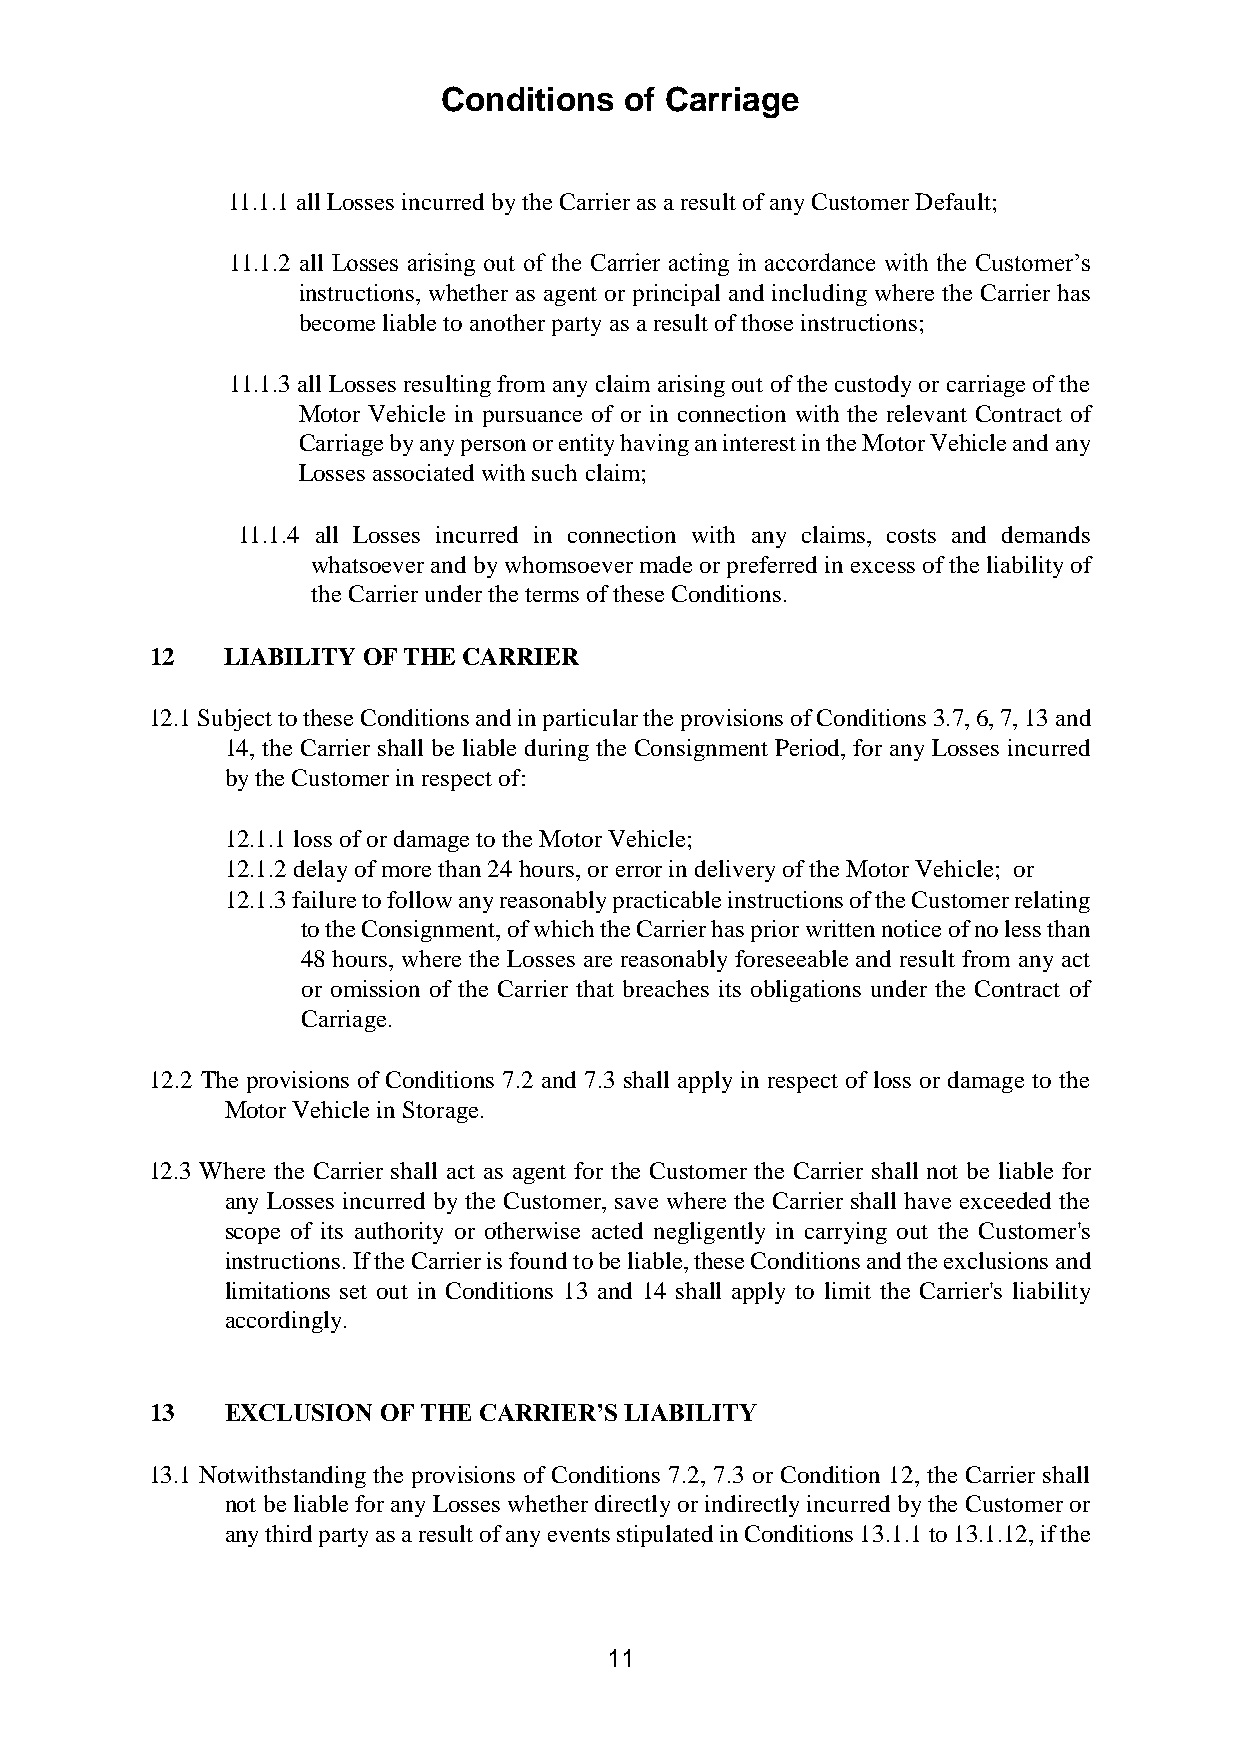
Conditions  of Carriage
 11.1.1 all Losses incurred by the Carrier as a result of any Customer Default;
 11.1.2 all Losses arising out of the Carrier acting in accordance with the Customer’s
 instructions, whether as agent or principal and including where the Carrier has
 become liable to another party as a result of those instructions;
 11.1.3 all Losses resulting from any claim arising out of the custody or carriage of the
 Motor Vehicle in pursuance of or in connection with the relevant Contract of
 Carriage by any person or entity having an interest in the Motor Vehicle and any
 Losses associated with such claim;
 11.1.4 all Losses incurred in connection with any claims, costs and demands
 whatsoever and by whomsoever made or preferred in excess of the liability of
 the Carrier under the terms of these Conditions.
 12   LIABILITY OF THE CARRIER
 12.1 Subject to these Conditions and in particular the provisions of Conditions 3.7, 6, 7, 13 and
 14, the Carrier shall be liable during the Consignment Period, for any Losses incurred
 by the Customer in respect of:
 12.1.1 loss of or damage to the Motor Vehicle;
 12.1.2 delay of more than 24 hours, or error in delivery of the Motor Vehicle; or
 12.1.3 failure to follow any reasonably practicable instructions of the Customer relating
 to the Consignment, of which the Carrier has prior written notice of no less than
 48 hours, where the Losses are reasonably foreseeable and result from any act
 or omission of the Carrier that breaches its obligations under the Contract of
 Carriage.
 12.2 The provisions of Conditions 7.2 and 7.3 shall apply in respect of loss or damage to the
 Motor Vehicle in Storage.
 12.3 Where the Carrier shall act as agent for the Customer the Carrier shall not be liable for
 any Losses incurred by the Customer, save where the Carrier shall have exceeded the
 scope of its authority or otherwise acted negligently in carrying out the Customer's
 instructions. If the Carrier is found to be liable, these Conditions and the exclusions and
 limitations set out in Conditions 13 and 14 shall apply to limit the Carrier's liability
 accordingly.
 13   EXCLUSION OF THE CARRIER’S LIABILITY
 13.1 Notwithstanding the provisions of Conditions 7.2, 7.3 or Condition 12, the Carrier shall
 not be liable for any Losses whether directly or indirectly incurred by the Customer or
 any third party as a result of any events stipulated in Conditions 13.1.1 to 13.1.12, if the
 11